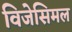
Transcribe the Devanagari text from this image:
विजेसिमल